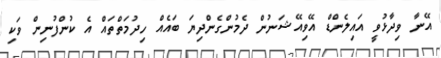
އޭނާ ވިދާޅުވީ އައިލެންޑް އޭވިއޭޝަނުން ދެމުންގެންދިޔަ ބައެއް ހިދުމަތްތައް އެ ކުންފުނިން ވަކި